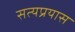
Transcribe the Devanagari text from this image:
सत्यप्रयास